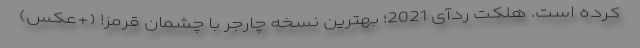
کرده است. هلکت ردآی 2021؛ بهترین نسخه چارجر با چشمان قرمز! (+عکس)